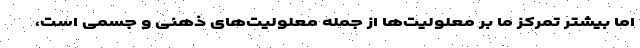
اما بیشتر تمرکز ما بر معلولیت‌ها از جمله معلولیت‌های ذهنی و جسمی است،